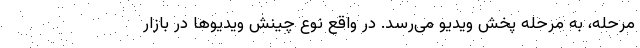
مرحله، به مرحله پخش ویدیو می‌رسد. در واقع نوع چینش ویدیوها در بازار